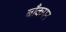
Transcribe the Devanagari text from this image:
बाँकपन